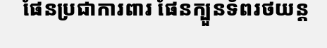
ផែនប្រជាការពារ ផែនក្បួនទ័ពរថយន្ត